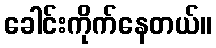
ခေါင်းကိုက်နေတယ်။